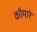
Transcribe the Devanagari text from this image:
कौमारे